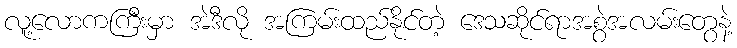
လူ့လောကကြီးမှာ အဲဒီလို အကြမ်းထည်နိုင်တဲ့ ဒေသဆိုင်ရာအစွဲအလမ်းတွေနဲ့